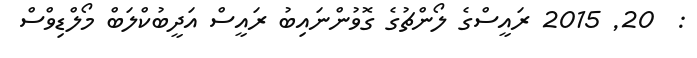
:  20